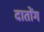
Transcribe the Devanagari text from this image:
दातोंग